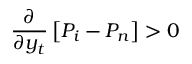
\frac { \partial } { \partial y _ { t } } \left[ P _ { i } - P _ { n } \right] > 0